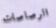
الرصاصات